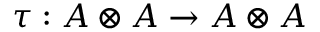
\tau : A \otimes A \rightarrow A \otimes A